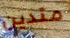
متدين